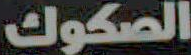
الصكوك